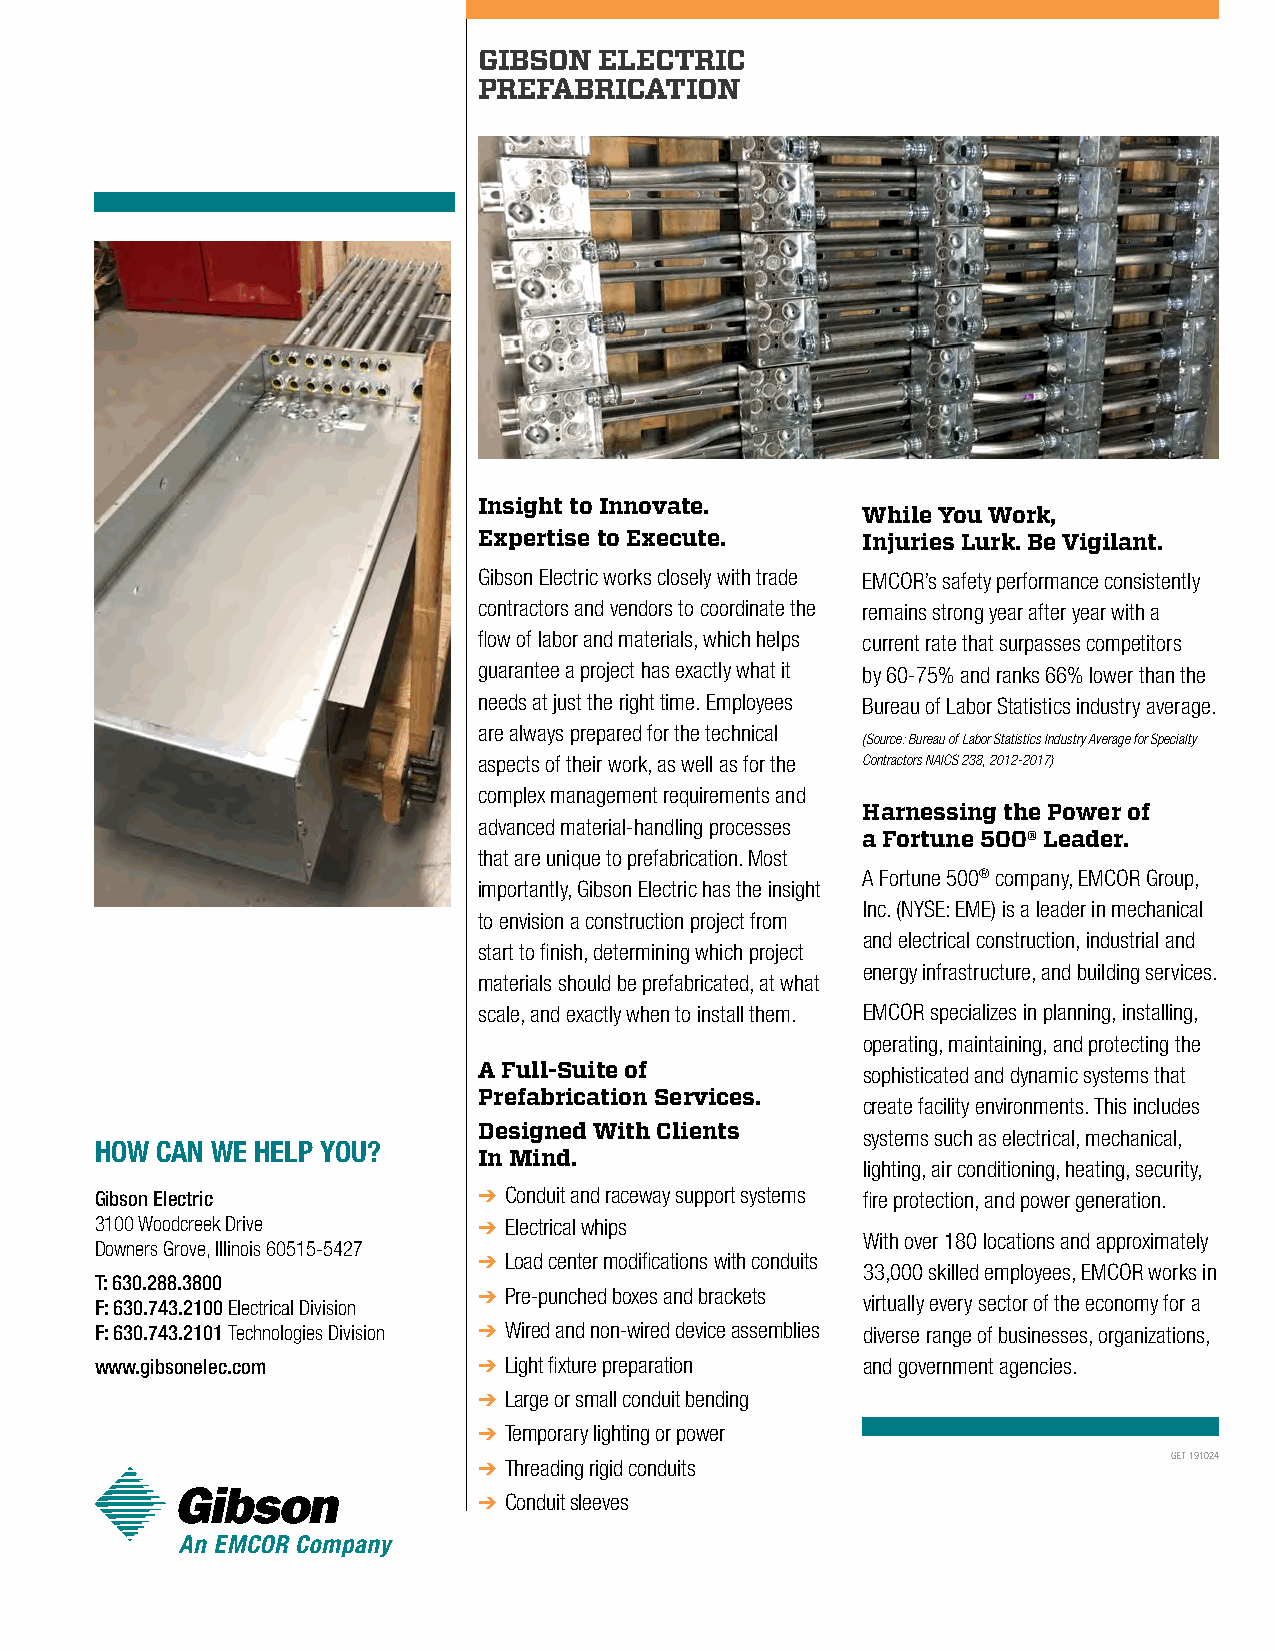
GIBSON  ELECTRIC
 PREFABRICATION
 Insight to Innovate.
 While You Work,
 Expertise to Execute.    Injuries Lurk. Be Vigilant.
 Gibson Electric works closely with trade EMCOR’s safety performance consistently
 contractors and vendors to coordinate the remains strong year after year with a
 flow of labor and materials, which helps current rate that surpasses competitors
 guarantee a project has exactly what it by 60-75% and ranks 66% lower than the
 needs at just the right time. Employees Bureau of Labor Statistics industry average.
 are always prepared for the technical
 (Source: Bureau of Labor Statistics Industry Average for Specialty
 aspects of their work, as well as for the Contractors NAICS 238, 2012-2017)
 complex management requirements and
 Harnessing the Power of
 advanced material-handling processes
 a Fortune 500® Leader.
 that are unique to prefabrication. Most
 A Fortune 500® company, EMCOR Group,
 importantly, Gibson Electric has the insight
 Inc. (NYSE: EME) is a leader in mechanical
 to envision a construction project from
 and electrical construction, industrial and
 start to finish, determining which project
 energy infrastructure, and building services.
 materials should be prefabricated, at what
 scale, and exactly when to install them. EMCOR specializes in planning, installing,
 operating, maintaining, and protecting the
 A Full-Suite of          sophisticated and dynamic systems that
 Prefabrication Services.
 create facility environments. This includes
 Designed With Clients    systems such as electrical, mechanical,
 HOW CAN WE HELP YOU?
 In Mind.
 lighting, air conditioning, heating, security,
 Gibson Electric           ➔ Conduit and raceway support systems fire protection, and power generation.
 3100 Woodcreek Drive      ➔ Electrical whips
 With over 180 locations and approximately
 Downers Grove, Illinois 60515-5427
 ➔ Load center modifications with conduits
 33,000 skilled employees, EMCOR works in
 T: 630.288.3800
 F: 630.743.2100 Electrical Division
 ➔ Pre-punched boxes and brackets
 virtually every sector of the economy for a
 F: 630.743.2101 Technologies Division ➔ Wired and non-wired device assemblies diverse range of businesses, organizations,
 www.gibsonelec.com        ➔ Light fixture preparation and government agencies.
 ➔ Large or small conduit bending
 ➔ Temporary lighting or power
 GET 191024
 ➔ Threading rigid conduits
 ➔ Conduit sleeves